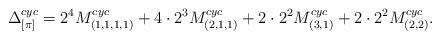
\begin{align*}\Delta_{[\pi]}^{cyc} = 2^4M^{cyc}_{(1,1,1,1)}+4\cdot 2^3M^{cyc}_{(2,1,1)}+2\cdot 2^2M^{cyc}_{(3,1)}+2\cdot 2^2M^{cyc}_{(2,2)}.\end{align*}